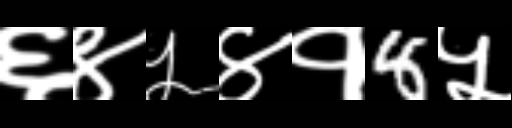
Text: ६४५४१8५